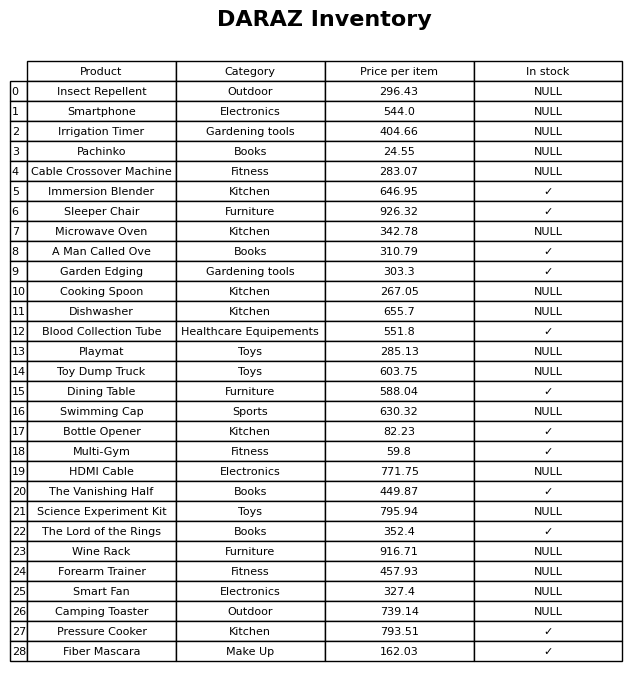
question: What is the price for Wine Rack?
answer: The price of Wine Rack is 916.71.